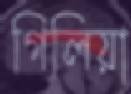
গিলিয়া